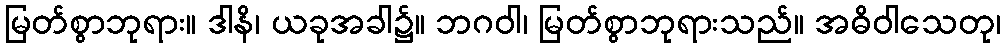
မြတ်စွာဘုရား။ ဒါနိ၊ ယခုအခါ၌။ ဘဂဝါ၊ မြတ်စွာဘုရားသည်။ အဓိဝါသေတု၊